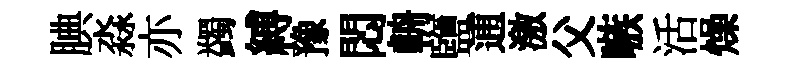
腆淼亦蠲縛豫悶輈鹽逋激父嗾活燥